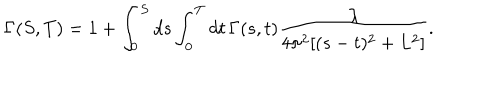
LaTeX: \Gamma ( S , T ) = 1 + \int _ { 0 } ^ { S } d s \int _ { 0 } ^ { T } d t \, \Gamma ( s , t ) \frac { \lambda } { 4 \pi ^ { 2 } [ ( s - t ) ^ { 2 } + L ^ { 2 } ] } .